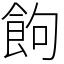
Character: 䬲